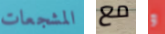
المشجعات مع و